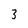
Character: 3